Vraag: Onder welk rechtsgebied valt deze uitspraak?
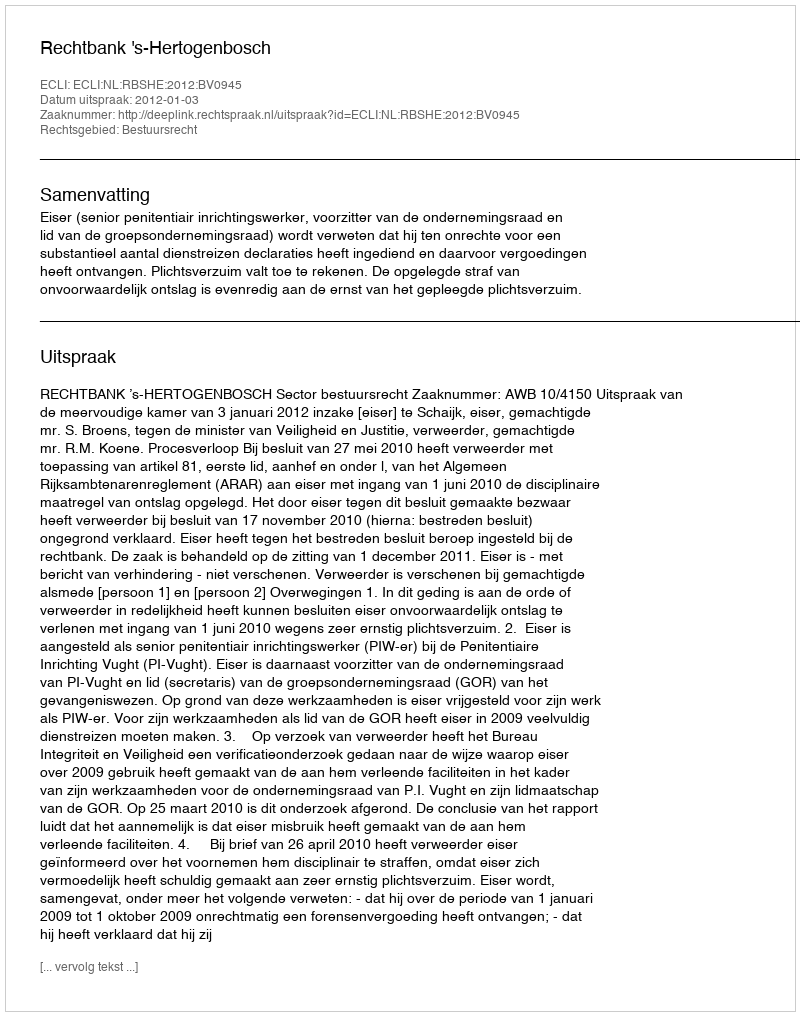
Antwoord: Bestuursrecht